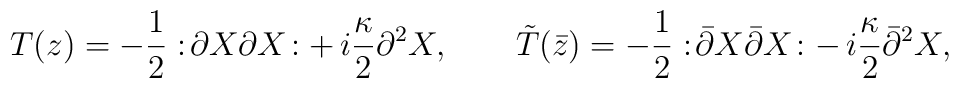
T(z) = -\frac{1}{2} :\! \partial X \partial X \! : +\,i\frac{\kappa}{2} \partial^2 X, \qquad\tilde T(\bar z) = -\frac{1}{2} :\! \bar\partial X\bar\partial X \! : -\, i\frac{\kappa}{2} \bar\partial^2 X,